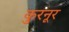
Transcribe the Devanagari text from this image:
कुरनूर